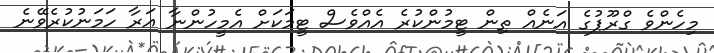
މިހެންވެ ގްރޫޕުގެ އަނެއް ތިން ޓީމުންކުރެ އެއްވެސް ޓީމަކަށް އެމީހުންނާ އަރާ ހަމަނުކުރެވޭނެ